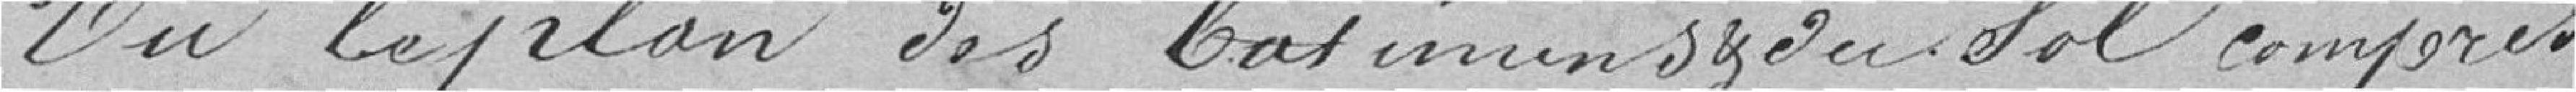
Vu le plan des bâtiments et du sol compris